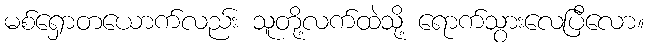
မစ်ရှောတယောက်လည်း သူတို့လက်ထဲသို့ ရောက်သွားလေပြီလော။